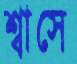
শ্বাসে